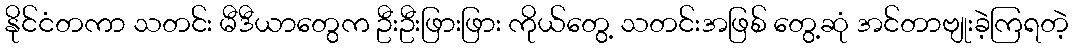
နိုင်ငံတကာ သတင်း မီဒီယာတွေက ဦးဦးဖြားဖြား ကိုယ်တွေ့ သတင်းအဖြစ် တွေ့ဆုံ အင်တာဗျုးခဲ့ကြရတဲ့